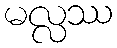
မလ္လဿ